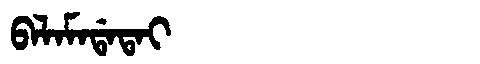
Manchu: ᠪᠠᠯᠠᠮᠠᡩᠠᡨᠠᡳ
Romanization: BALAMADATAI